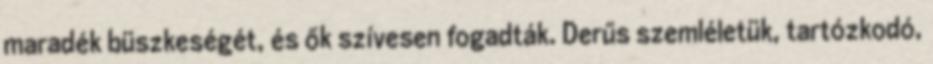
maradék büszkeségét, és ők szívesen fogadták. Derűs szemléletük, tartózkodó,